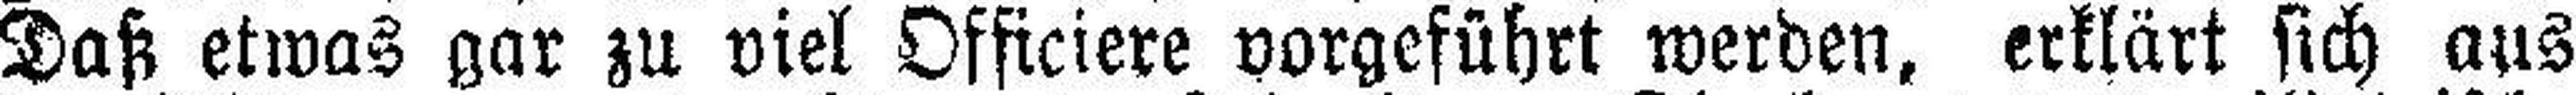
Daß etwas gar zu viel Officiere vorgeführt werden, erklärt sich aus